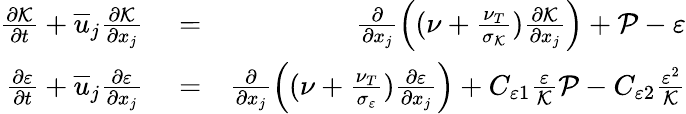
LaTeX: \begin{array}{rlr}{\frac{\partial\mathcal{K}}{\partial t}+\overline{{u}}_{j}\frac{\partial\mathcal{K}}{\partial x_{j}}}&{{}=}&{\frac{\partial}{\partial x_{j}}\left((\nu+\frac{\nu_{T}}{\sigma_{\mathcal{K}}})\frac{\partial\mathcal{K}}{\partial x_{j}}\right)+\mathcal{P}-\varepsilon}\\ {\frac{\partial\varepsilon}{\partial t}+\overline{{u}}_{j}\frac{\partial\varepsilon}{\partial x_{j}}}&{{}=}&{\frac{\partial}{\partial x_{j}}\left((\nu+\frac{\nu_{T}}{\sigma_{\mathcal{\varepsilon}}})\frac{\partial\varepsilon}{\partial x_{j}}\right)+C_{\varepsilon 1}\frac{\varepsilon}{\mathcal{K}}\mathcal{P}-C_{\varepsilon 2}\frac{\varepsilon^{2}}{\mathcal{K}}}\end{array}